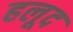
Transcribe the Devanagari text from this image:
हलूद